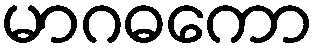
မာဂဓကော